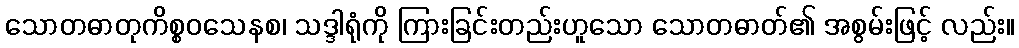
သောတဓာတုကိစ္စဝသေနစ၊ သဒ္ဒါရုံကို ကြားခြင်းတည်းဟူသော သောတဓာတ်၏ အစွမ်းဖြင့် လည်း။